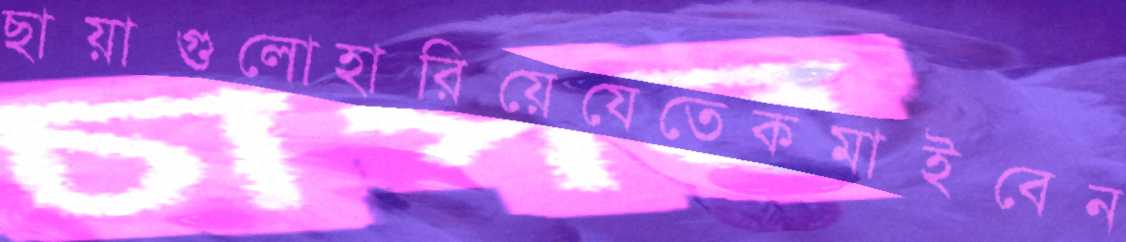
ছায়াগুলোহারিয়েযেতেকমাইবেন